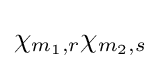
\chi _{m_{1},r}\chi _{m_{2},s}